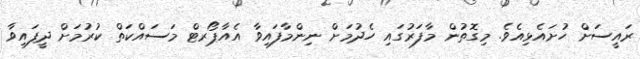
ރައީސަށް ހުށައެޅިއެވެ. މިގޮތުން މާފަރުގައި ހެދުމަށް ނިންމާފައިވާ އެއާޕޯރޓް މަސައްކަތް ކުރުމަށް ދީފައިވާ